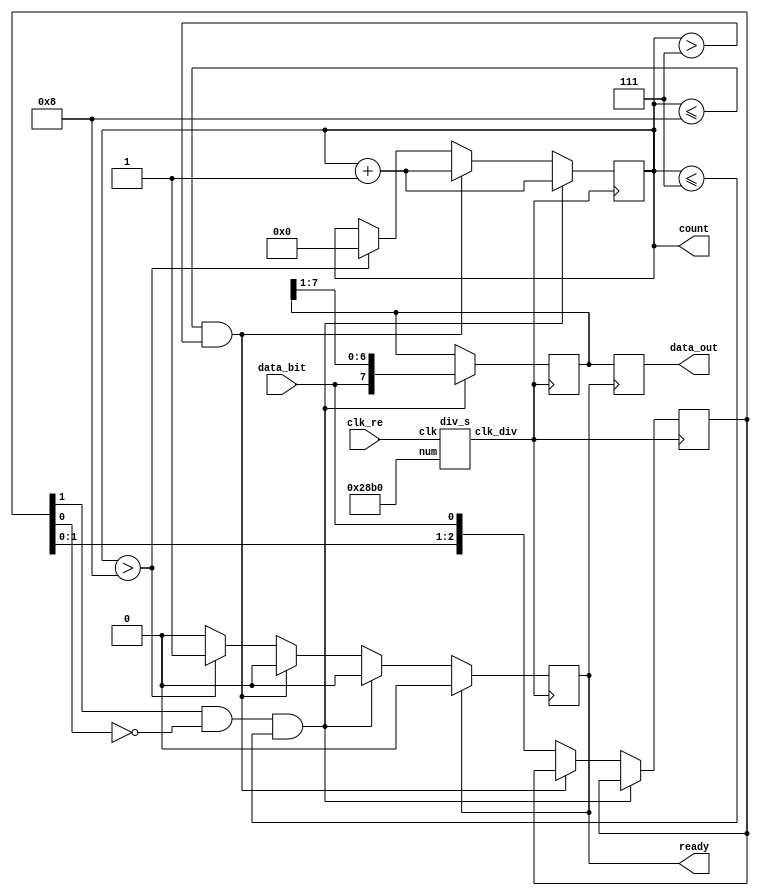
`timescale 1ns / 1ps
//////////////////////////////////////////////////////////////////////////////////
// Company: 
// Engineer: 
// 
// Design Name: 
// Module Name: re_me
// Project Name: 
// Target Devices: 
// Tool Versions: 
// Description: 
// 
// Dependencies: 
// 
// Revision:
// Revision 0.01 - File Created
// Additional Comments:
// 
//////////////////////////////////////////////////////////////////////////////////


module re_me(clk_re,data_bit,data_out,ready,count);
    input clk_re,data_bit;//clk
    output reg [7:0] data_out = 0;
    output reg ready = 0;
    output reg [3:0] count = 0;
    
    reg [7:0]data = 0;
    
    reg [2:0] sync = 0;
    
    wire clk;
    
    always@(posedge ready)
    begin data_out <= data; end
    
    wire begin_signal;
    assign  begin_signal = sync[1] && ~(sync[0]);
    
   // seg_all temp_t(clk_re,data[3:0],data[7:4],data_out[3:0],data[7:4],count,sync,0,1,6,seg_s,seg_sel);
    div_s top_div(clk_re,10416,clk);
    
    always @(negedge clk) begin
        if(begin_signal && (count <= 7))
        begin
            data <= {data_bit,data[7:1]};
            count <= count+1;
        end
        else if(count <= 8 && count > 7)
        begin count <= count + 1;end
        else if(count > 8)
             begin count <= 0;ready <= 1;sync = {sync[1:0],data_bit};end
        else sync = {sync[1:0],data_bit};
        if(ready == 1)
            ready <= 0;
    end
endmodule

module div(clk,num,clk_div);
    input clk;//
    input [31:0]num;//
    output clk_div;//
    reg [31:0]counter = 0;//
    reg clk_out = 0;//
    always@(posedge clk)
    begin
    if(counter>=num)//num
        begin counter<=0;clk_out <= 1;end//
    else
        begin counter<=counter+1; clk_out <= 0;end//
    end
    assign clk_div = clk_out;//
endmodule

module div_s(clk,num,clk_div);//
    input clk;//
    input [31:0]num;//
    output clk_div;//
    reg [31:0]counter = 0;//
    reg clk_out = 1;//
    always@(posedge clk)
    begin
    if(counter>=(num/2))//num
        begin counter<=1;clk_out <= ~clk_out;end//
    else
        begin counter<=counter+1;end//
    end
    assign clk_div = clk_out;//
endmodule